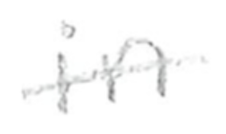
Text: in
Cross-out: mix
Writing tool: pencil